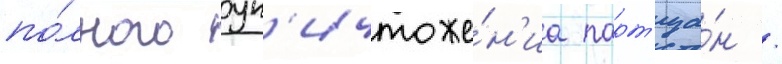
по́лного ун'ичтоже́н'иа парт'иза́н /